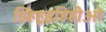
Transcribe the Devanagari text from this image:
झ्हिहुइहिहीओ